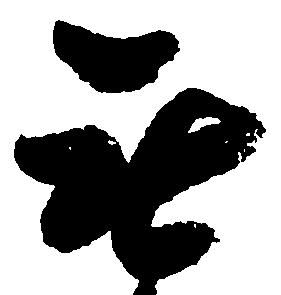
無